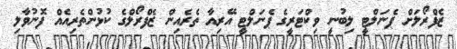
ޒެފްރޯލަށް ޕެނަލްޓީ ލިބުނީ ވިކްޓަރީގެ ޕެނަލްޓީ އޭރިއާ ތެރެއިން ޒެފްރޯލްގެ ކުޅުންތެރިއެއް ފޮނުވާލި